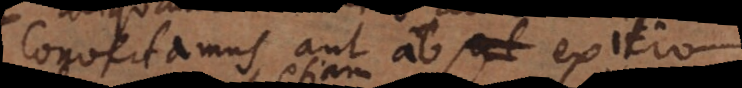
convertamus aut ab exitio